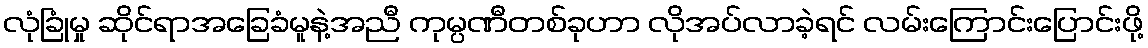
လုံခြုံမှု ဆိုင်ရာအခြေခံမူနဲ့အညီ ကုမ္ပဏီတစ်ခုဟာ လိုအပ်လာခဲ့ရင် လမ်းကြောင်းပြောင်းဖို့